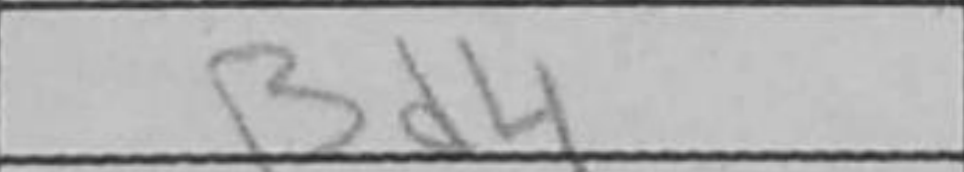
Transcription: Bd4